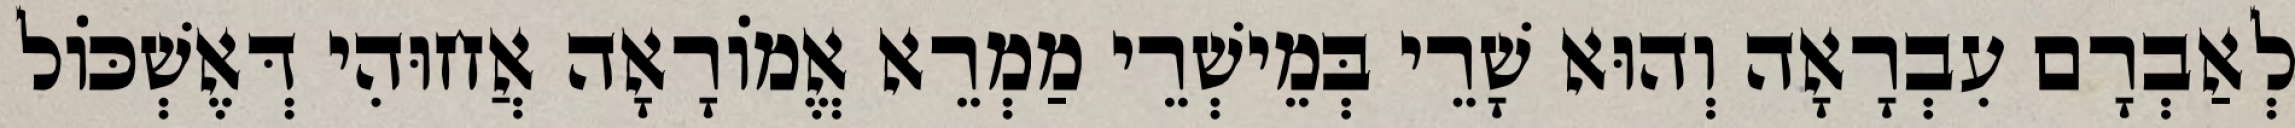
לְאַבְרָם עִבְרָאָה וְהוּא שָׁרֵי בְּמֵישְׁרֵי מַמְרֵא אֱמוֹרָאָה אֲחוּהִי דְּאֶשְׁכּוֹל